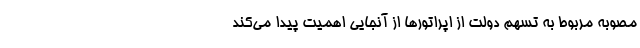
مصوبه مربوط به تسهم دولت از اپراتورها از آنجایی اهمیت پیدا می‌کند